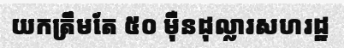
យកត្រឹមតែ ៥០ ម៉ឺនដុល្លារសហរដ្ឋ